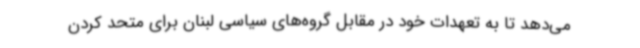
می‌دهد تا به تعهدات خود در مقابل گروه‌های سیاسی لبنان برای متحد کردن